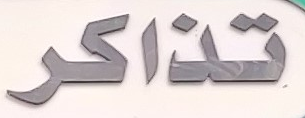
تذاكر